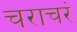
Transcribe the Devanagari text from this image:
चराचरं